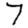
Digit: 7